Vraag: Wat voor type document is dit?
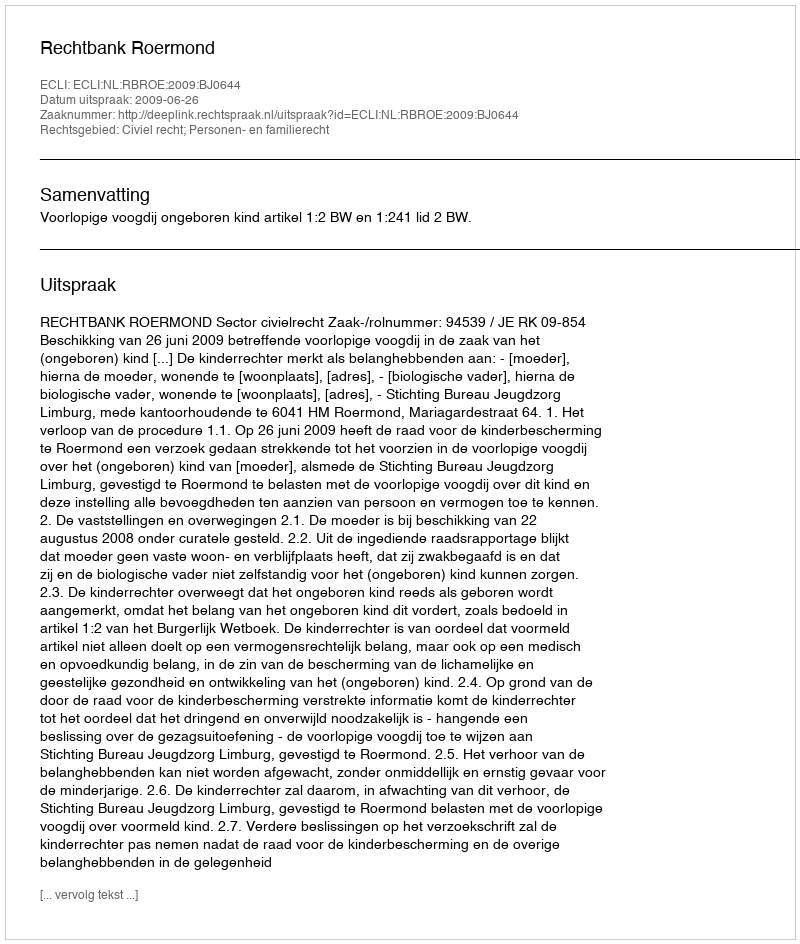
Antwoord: Uitspraak